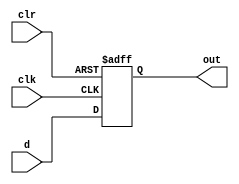
module DFF(
    d,
    clk,
    clr,
    out
);

    input d, clk, clr;
    output reg out;

    always @(posedge clk, posedge clr)
    begin
        if (clr)
            out <= 1'b0;
        else
            out <= d;
    end

endmodule

module dff_tb();
    reg clk = 1'b0, clr, d;
    wire out;

    initial
        repeat (20)
            #5 clk = ~clk;

    DFF DFF(d, clk, clr, out);
    initial begin
        #15 clr = 1'b1; 
        #15 clr = 1'b0; d = 1'b1;
        #15 d = 1'b0; 
        #15 d = 1'b1;
        #15 d = 1'b0;
    end
        
endmodule